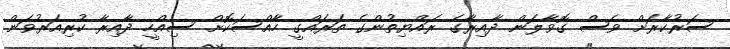
ސަރުކާރަށް ވެސް ގޮވާލަން ދާއިރާގެ ރައްޔިތުންގެ ތަރައްގީ ހާއްސަކޮށް ސިއްހީ ދާއިރާ ކުރިއަރުވަން